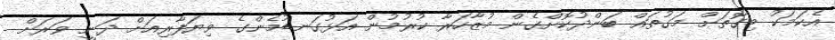
އެކަމަކު މިގޮތަށް މަގުތައް ބަންދުކޮށްގެން މުޒާހަރާ ކުރުމުން އަޅުގަނޑުމެންގެ ވިޔަފާރިއަށް ދަނީ ވަރަށް